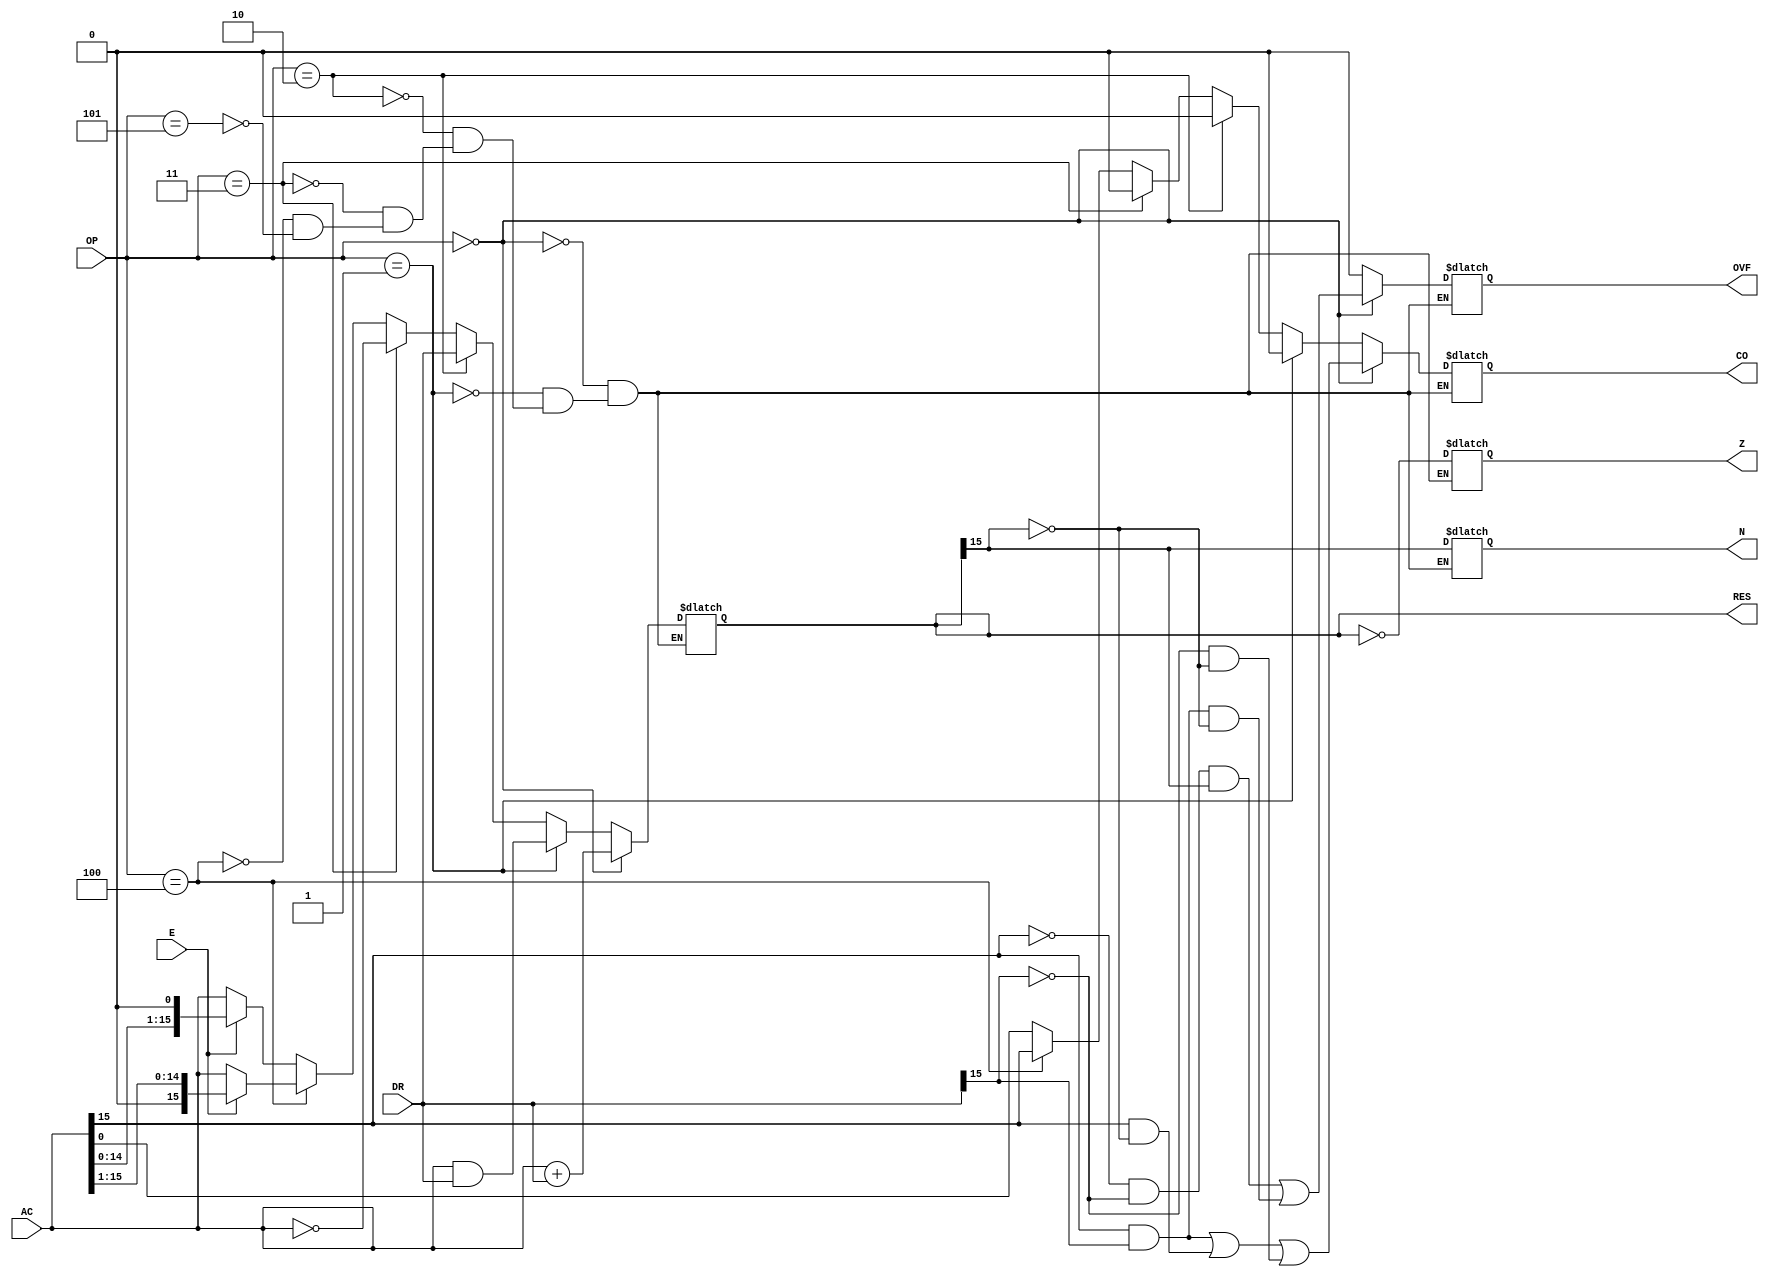
module ALU #(
        parameter integer W=16) (
    input [W-1:0] AC, 
    input [W-1:0] DR, 
    input E, 
    input [2:0] OP, 
    output reg [W-1:0] RES, 
    output reg CO, 
    output reg OVF, 
    output reg N, 
    output reg Z
);

always@(*) begin
    if (OP == 3'd0) begin
    RES <= AC + DR;
    CO <= ((AC[W-1] & DR[W-1]) | (AC[W-1] & ~RES[W-1]) | (~DR[W-1] & ~RES[W-1]));
    OVF <= ((~AC[W-1] & ~DR[W-1] & RES[W-1]) | (AC[W-1] & DR[W-1] & ~RES[W-1]));
    N <= RES[W-1];
    Z <= (RES == 0);
end
else if (OP == 3'd1) begin
    RES <= AC & DR;
    CO <= 0;
    OVF <= 0;
    N <= RES[W-1];
    Z <= (RES == 0);
end
else if (OP == 3'd2) begin
    RES <= DR;
    CO <= 0;
    OVF <= 0;
    N <= RES[W-1];
    Z <= (RES == 0);
end
else if (OP == 3'd3) begin
    RES <= ~AC;
    CO <= 0;
    OVF <= 0;
    N <= RES[W-1];
    Z <= (RES == 0);
end
else if (OP == 3'd4) begin
    case (E)
        0: RES <= AC;
        1: RES <= AC >> 1;
        2: RES <= AC >> 2;
        3: RES <= AC >> 3;
        // Add additional cases for larger values of E
    endcase
    CO <= AC[W-1];
    OVF <= 0;
    N <= RES[W-1];
    Z <= (RES == 0);
end

else if (OP == 3'd5) begin
    case (E)
        0: RES <= AC;
        1: RES <= AC << 1;
        2: RES <= AC << 2;
        3: RES <= AC << 3;
        // Add additional cases for larger values of E
    endcase
    CO <= AC[0];
    OVF <= 0;
    N <= RES[W-1];
    Z <= (RES == 0);
end


end

endmodule